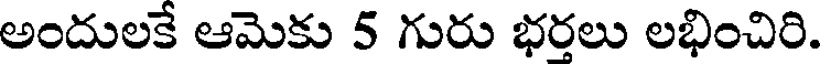
అందులకే ఆమెకు 5 గురు భరలు లభించిరి.